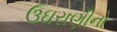
ઉઘરાણીનો